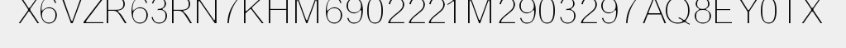
X6VZR63RN7KHM6902221M2903297AQ8EY0TX